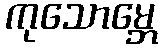
ကုသောမ္ဘေ